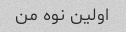
اولین نوه من